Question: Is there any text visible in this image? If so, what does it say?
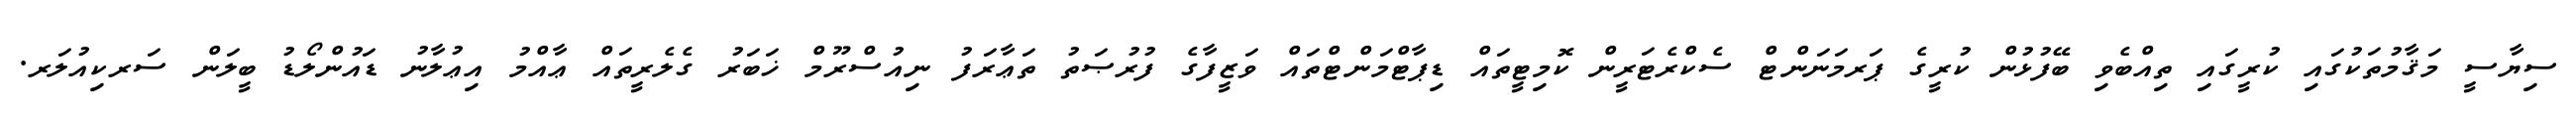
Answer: ސިޔާސީ މަޤާމުތަކުގައި ކުރީގައި ތިއްބެވި ބޭފުޅުން ކުރީގެ ޕަރމަނަންޓް ސެކްރެޓަރީން ކޮމިޓީތައް ޑިޕާޓްމަންޓްތައް ވަޒީފާގެ ފުރުޞަތު ތަޢާރަފު ނިއުސްރޫމް ޚަބަރު ގެލެރީތައް ޢާއްމު އިޢުލާނު ޑައުންލޯޑު ބީލަން ސަރކިއުލަރ.